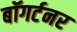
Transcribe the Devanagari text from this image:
बॉगर्टनर